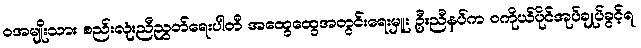
၀အမျိုးသား စည်းလုံးညီညွတ်ရေးပါတီ အထွေထွေအတွင်းရေးမှူး ဦးညီနပ်က ဝကိုယ်ပိုင်အုပ်ချုပ်ခွင့်ရ